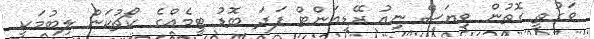
ވަގުތީ ގޮތުން ވިޔަސް ނިއު ރޭޑިއަންޓް ފަދަ ބޮޑު ޓީމެއްގެ ކޯޗުކަން ލިބުމަކީ